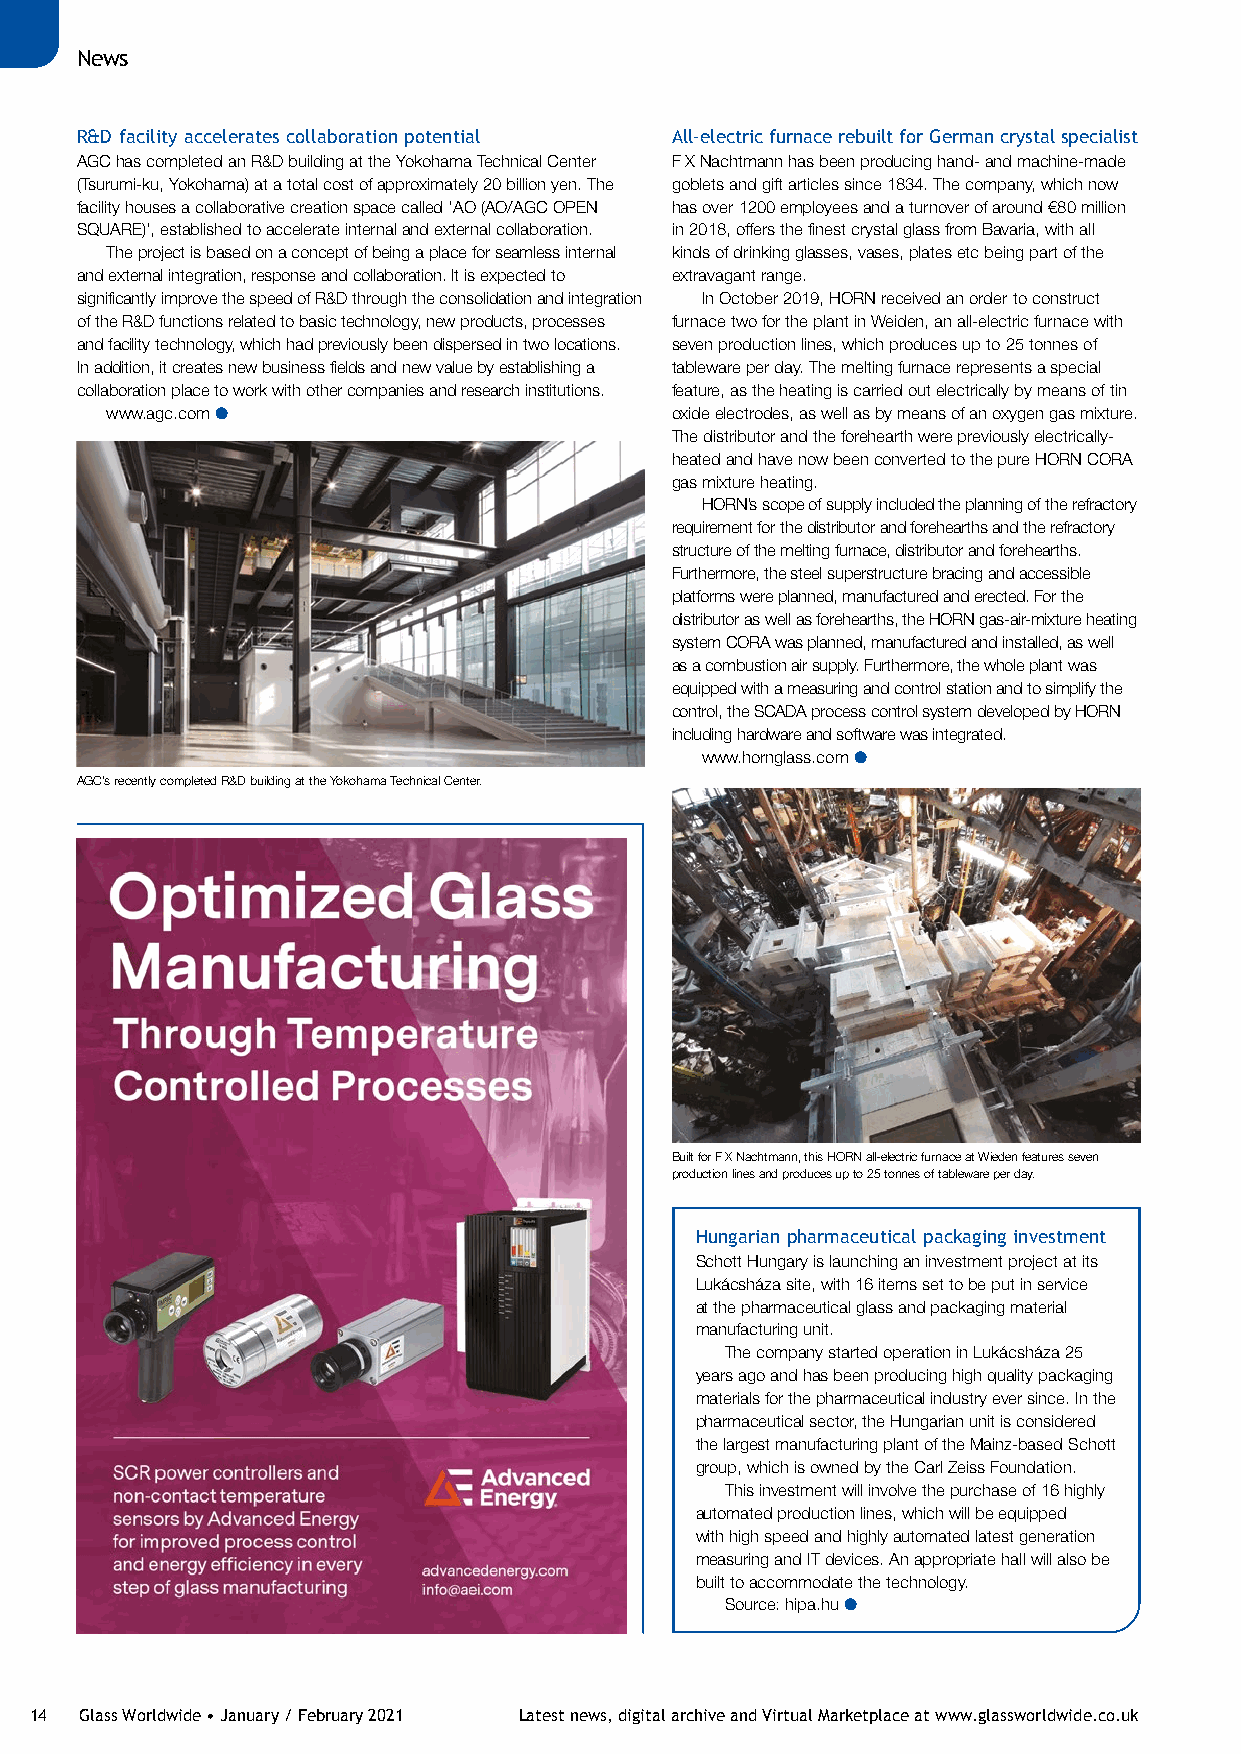
News
 R&D facility accelerates collaboration potential All-electric furnace rebuilt for German crystal specialist
 AGC has completed an R&D building at the Yokohama Technical Center F X Nachtmann has been producing hand- and machine-made
 (Tsurumi-ku, Yokohama) at a total cost of approximately 20 billion yen. The goblets and gift articles since 1834. The company, which now
 facility houses a collaborative creation space called ‘AO (AO/AGC OPEN has over 1200 employees and a turnover of around €80 million
 SQUARE)’, established to accelerate internal and external collaboration. in 2018, offers the finest crystal glass from Bavaria, with all
 The project is based on a concept of being a place for seamless internal kinds of drinking glasses, vases, plates etc being part of the
 and external integration, response and collaboration. It is expected to extravagant range.
 significantly improve the speed of R&D through the consolidation and integration In October 2019, HORN received an order to construct
 of the R&D functions related to basic technology, new products, processes furnace two for the plant in Weiden, an all-electric furnace with
 and facility technology, which had previously been dispersed in two locations. seven production lines, which produces up to 25 tonnes of
 In addition, it creates new business fields and new value by establishing a tableware per day. The melting furnace represents a special
 collaboration place to work with other companies and research institutions. feature, as the heating is carried out electrically by means of tin
 www.agc.com l                        oxide electrodes, as well as by means of an oxygen gas mixture.
 The distributor and the forehearth were previously electrically-
 heated and have now been converted to the pure HORN CORA
 gas mixture heating.
 HORN’s scope of supply included the planning of the refractory
 requirement for the distributor and forehearths and the refractory
 structure of the melting furnace, distributor and forehearths.
 Furthermore, the steel superstructure bracing and accessible
 platforms were planned, manufactured and erected. For the
 distributor as well as forehearths, the HORN gas-air-mixture heating
 system CORA was planned, manufactured and installed, as well
 as a combustion air supply. Furthermore, the whole plant was
 equipped with a measuring and control station and to simplify the
 control, the SCADA process control system developed by HORN
 including hardware and software was integrated.
 www.hornglass.com l
 AGC’s recently completed R&D building at the Yokohama Technical Center.
 Built for F X Nachtmann, this HORN all-electric furnace at Wieden features seven
 production lines and produces up to 25 tonnes of tableware per day.
 Hungarian pharmaceutical packaging investment
 Schott Hungary is launching an investment project at its
 Lukácsháza site, with 16 items set to be put in service
 at the pharmaceutical glass and packaging material
 manufacturing unit.
 The company started operation in Lukácsháza 25
 years ago and has been producing high quality packaging
 materials for the pharmaceutical industry ever since. In the
 pharmaceutical sector, the Hungarian unit is considered
 the largest manufacturing plant of the Mainz-based Schott
 group, which is owned by the Carl Zeiss Foundation.
 This investment will involve the purchase of 16 highly
 automated production lines, which will be equipped
 with high speed and highly automated latest generation
 measuring and IT devices. An appropriate hall will also be
 built to accommodate the technology.
 Source: hipa.hu l
 14 Glass Worldwide • January / February 2021 Latest news, digital archive and Virtual Marketplace at www.glassworldwide.co.uk